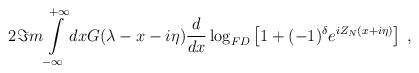
\begin{align*}2\Im m\int\limits ^{+\infty }_{-\infty }dxG(\lambda -x-i\eta )\frac{d}{dx}\log _{FD}\left[ 1+(-1)^{\delta }e^{iZ_{N}(x+i\eta )}\right] \: ,\end{align*}